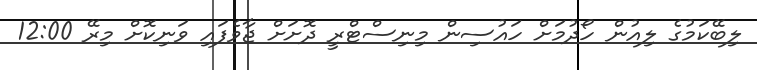
ލިބޭކަމުގެ ލިއުން ހޯދުމަށް ހައުސިން މިނިސްޓްރީ ދޮށަށް ޖާވެފައި ވަނިކޮށް މިރޭ 12:00